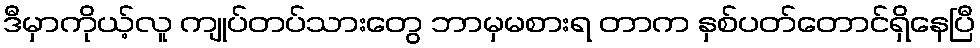
ဒီမှာကိုယ့်လူ ကျုပ်တပ်သားတွေ ဘာမှမစားရ တာက နှစ်ပတ်တောင်ရှိနေပြီ